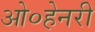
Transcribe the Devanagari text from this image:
ओ०हेनरी